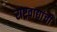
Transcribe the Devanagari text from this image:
राष्ट्रवाद्यांची